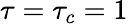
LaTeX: \tau=\tau_{c}=1